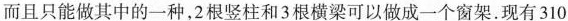
而且只能做其中的一种，2根竖柱和3根横梁可以做成一个窗架。现有310